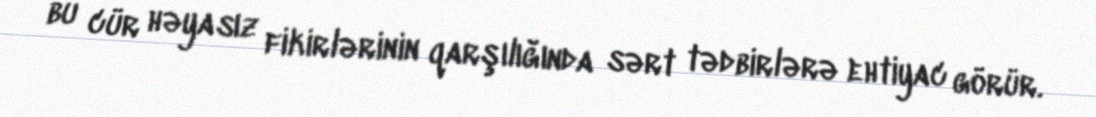
bu cür həyasız fikirlərinin qarşılığında sərt tədbirlərə ehtiyac görür.